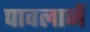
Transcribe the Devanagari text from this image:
पावलानें